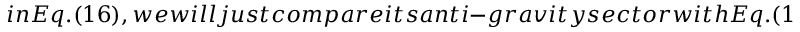
i n E q . ( 1 6 ) , w e w i l l j u s t c o m p a r e i t s a n t i - g r a v i t y s e c t o r w i t h E q . ( 1 9 ) g i v e n f o r a c e r t a i n r a d i u s